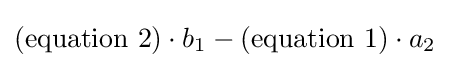
({\mbox{equation 2}})\cdot b_{1}-({\mbox{equation 1}})\cdot a_{2}